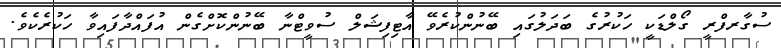
ސުގާރފްރީ ގޯލްޑަކީ ހަކުރުގެ ބަދަލުގައި ބޭނުންކުރެވޭ އާޓިފިޝަލް ސުވީޓްނާ ބޭނުންކޮށްގެން އުފައްދާފައިވާ ހަކުރެކެވެ.